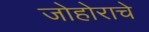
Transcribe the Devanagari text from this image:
जोहोराचे